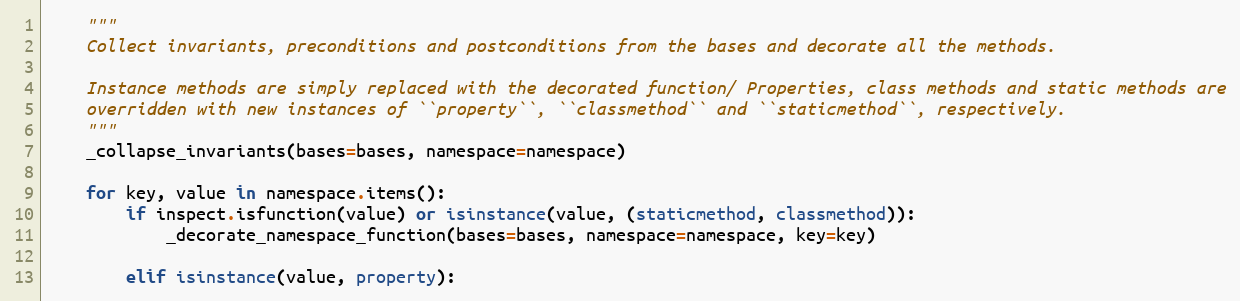
Language: Python
    """
    Collect invariants, preconditions and postconditions from the bases and decorate all the methods.

    Instance methods are simply replaced with the decorated function/ Properties, class methods and static methods are
    overridden with new instances of ``property``, ``classmethod`` and ``staticmethod``, respectively.
    """
    _collapse_invariants(bases=bases, namespace=namespace)

    for key, value in namespace.items():
        if inspect.isfunction(value) or isinstance(value, (staticmethod, classmethod)):
            _decorate_namespace_function(bases=bases, namespace=namespace, key=key)

        elif isinstance(value, property):